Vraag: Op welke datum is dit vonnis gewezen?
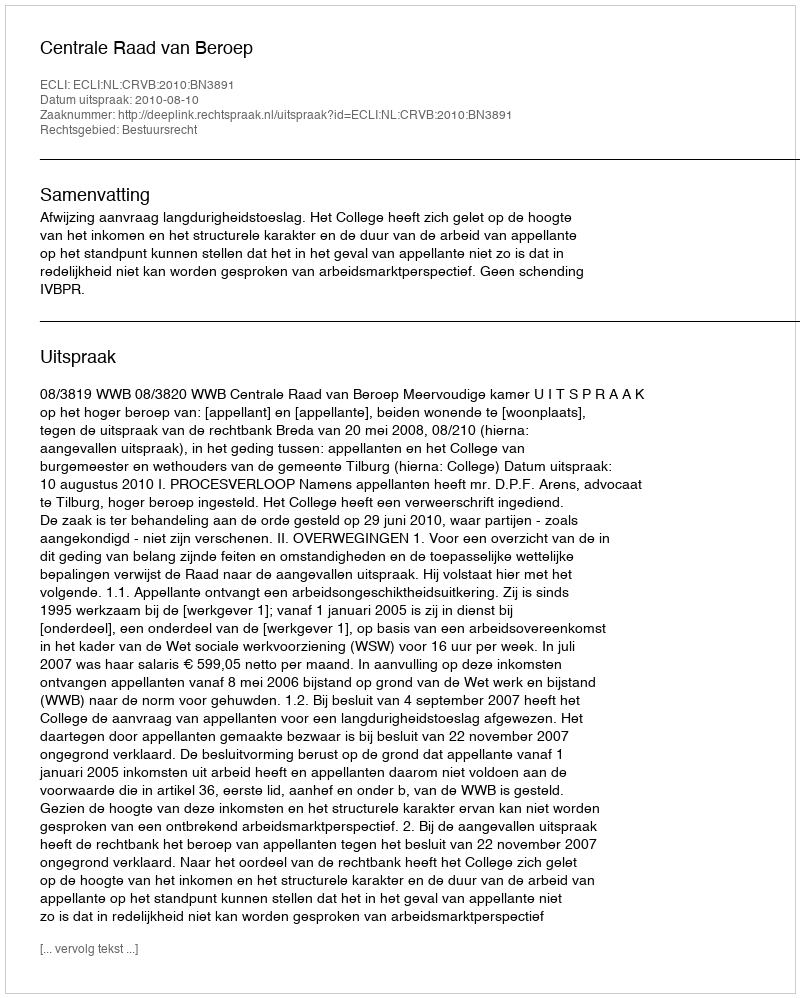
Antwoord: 2010-08-10